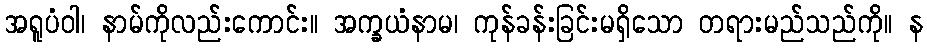
အရူပံဝါ၊ နာမ်ကိုလည်းကောင်း။ အက္ခယံနာမ၊ ကုန်ခန်းခြင်းမရှိသော တရားမည်သည်ကို။ န